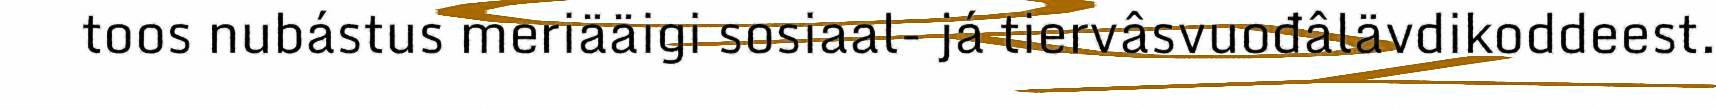
toos nubástus meriääigi sosiaal- já tiervâsvuođâlävdikoddeest.